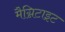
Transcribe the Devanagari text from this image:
मैग्निटाइट